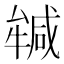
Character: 𭷲